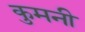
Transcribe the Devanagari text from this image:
कुमनी